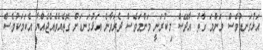
އަޅުގަނޑުވެސް މަންމަ ގާތު އާދޭސް މިކުރަނީ މަންމަވެސް ދެރަވާނެ އަޅުގަނޑަށް ގޮތެއްވެއްޖެއްޔާ އެކަމަކުވެސް